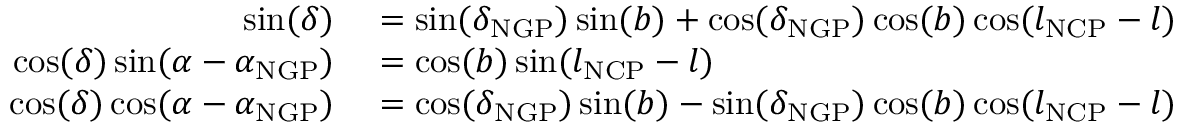
\begin{array} { r l } { \sin ( \delta ) } & { { } = \sin ( \delta _ { \mathrm { N G P } } ) \sin ( b ) + \cos ( \delta _ { \mathrm { N G P } } ) \cos ( b ) \cos ( l _ { \mathrm { N C P } } - l ) } \\ { \cos ( \delta ) \sin ( \alpha - \alpha _ { \mathrm { N G P } } ) } & { { } = \cos ( b ) \sin ( l _ { \mathrm { N C P } } - l ) } \\ { \cos ( \delta ) \cos ( \alpha - \alpha _ { \mathrm { N G P } } ) } & { { } = \cos ( \delta _ { \mathrm { N G P } } ) \sin ( b ) - \sin ( \delta _ { \mathrm { N G P } } ) \cos ( b ) \cos ( l _ { \mathrm { N C P } } - l ) } \end{array}